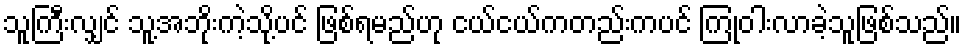
သူကြီးလျှင် သူ့အဘိုးကဲ့သို့ပင် ဖြစ်ရမည်ဟု ငယ်ငယ်ကတည်းကပင် ကြုံဝါးလာခဲ့သူဖြစ်သည်။